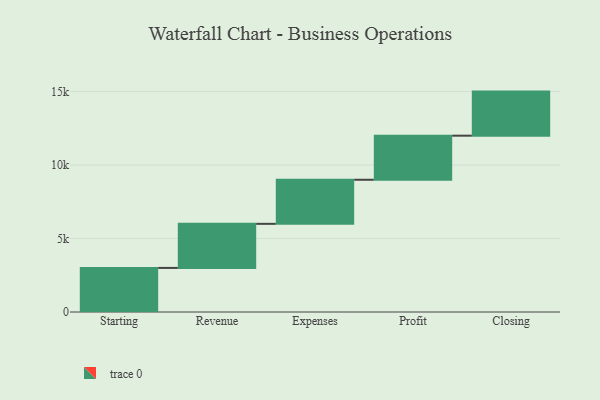
{"axis": {"x": "Step", "y": "Value"}, "legend": [""], "data": [{"x": "Starting", "y": 3000, "type": ""}, {"x": "Revenue", "y": 3000, "type": ""}, {"x": "Expenses", "y": 3000, "type": ""}, {"x": "Profit", "y": 3000, "type": ""}, {"x": "Closing", "y": 3000, "type": ""}]}